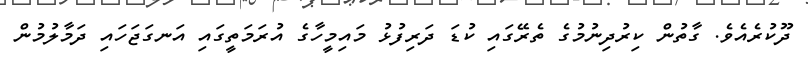
ދޫކުރެއެވެ. ގާތުން ކިރުދިނުމުގެ ތެރޭގައި ކުޑަ ދަރިފުޅު މައިމީހާގެ އުރަމަތީގައި އަނގަޖަހައި ދަމާލުމުން